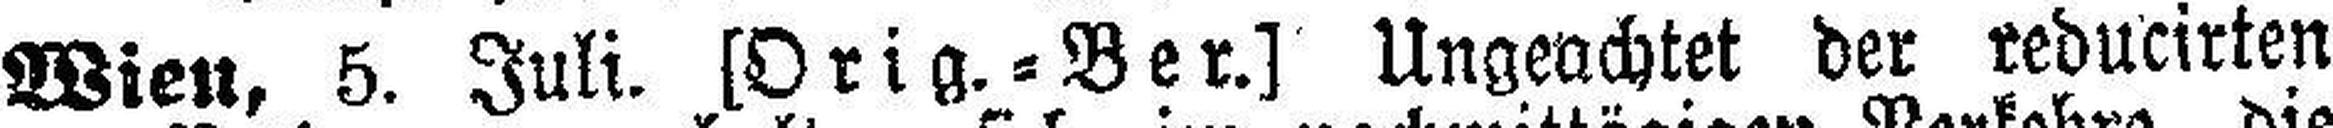
Wien, 5. Juli. [Orig.=Ber.) Ungeachtet der reducirten